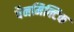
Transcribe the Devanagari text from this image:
पैनमिक्टिक